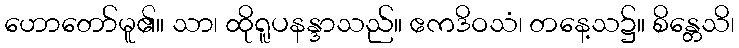
ဟောတော်မူ၏။ သာ၊ ထိုရူပနန္ဒာသည်။ ဧကဒိဝသံ၊ တနေ့သ၌။ စိန္တေသိ၊